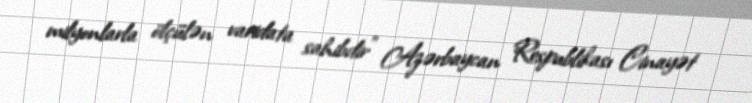
milyonlarla ölçülən varidata sahibdir” Azərbaycan Respublikası Cinayət